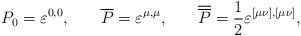
LaTeX: \begin{align*}P_0=\varepsilon ^{0,0},\hspace{0.3in}\overline{P}=\varepsilon^{\mu ,\mu }, \hspace{0.3in}\overline{\overline{P}}=\frac12\varepsilon ^{[\mu \nu ],[\mu \nu ]}, \end{align*}